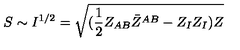
S \sim I ^ { 1 / 2 } = \sqrt { ( { \frac { 1 } { 2 } } Z _ { A B } \bar { Z } ^ { A B } - Z _ { I } Z _ { I } ) Z }